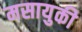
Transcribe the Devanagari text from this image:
मसायुकी